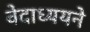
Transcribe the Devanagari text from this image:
वेदाध्ययने